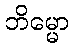
ဘိမ္မော